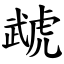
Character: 虣